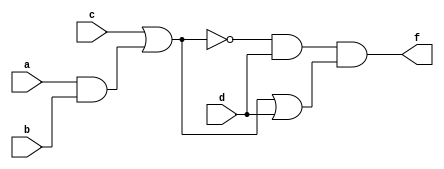
module q1s1(a,b,c,d,f);
	input a,b,c,d;
	output f;
	and(x1,a,b);
	or(x2,c,x1);
	not(x3,x2);
	and(x4,x3,d);
	or(x5,x2,d);
	and(f,x4,x5);
endmodule